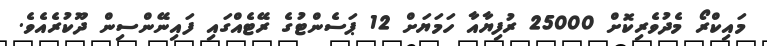
މައިކްރޯ މެދުވެރިކޮށް 25000 ރުފިޔާއާ ހަމަޔަށް 12 ޕަސެންޓުގެ ރޭޓެއްގައި ފައިނޭންސިން ދޫކުރެއެވެ.